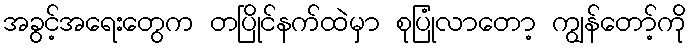
အခွင့်အရေးတွေက တပြိုင်နက်ထဲမှာ စုပြုံလာတော့ ကျွန်တော့်ကို